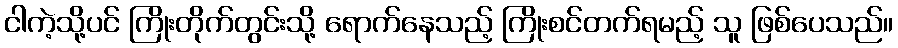
ငါကဲ့သို့ပင် ကြိုးတိုက်တွင်းသို့ ရောက်နေသည့် ကြိုးစင်တက်ရမည့် သူ ဖြစ်ပေသည်။